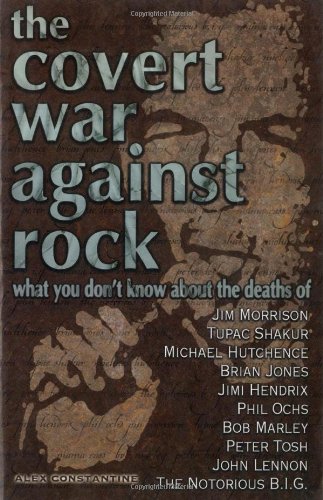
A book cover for The Covert War Against Rock: What You Don't Know About the Deaths of Jim Morrison, Tupac Shakur, Michael Hutchence, Brian Jones, Jimi Hendrix, Phil Ochs, Bob Marley, Peter Tosh, John Lennon, and .....; Alex Constantine; Biographies & Memoirs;